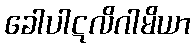
ခေါပါဋလိဂါမိယာ